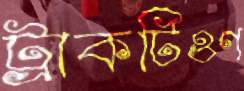
ট্রাকটিওগ